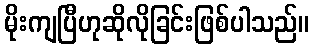
မိုးကျပြီဟုဆိုလိုခြင်းဖြစ်ပါသည်။